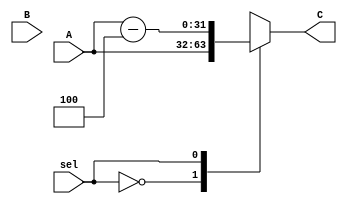
module mux21_imem(C, sel, A, B);
	parameter N = 32;
	input sel;
	input [N-1:0] A, B;
	output reg[N-1:0] C;
	
	always@(*)
	begin
	case (sel)
	1'b0:
	C <= A;
	1'b1:
	C <= A - 4;
	endcase
	end
endmodule